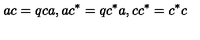
a c = q c a , a c ^ { * } = q c ^ { * } a , c c ^ { * } = c ^ { * } c